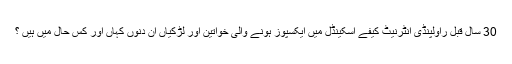
30 سال قبل راولپنڈی انٹرنیٹ کیفے اسکینڈل میں ایکسپوز ہونے والی خواتین اور لڑکیاں ان دنوں کہاں اور کس حال میں ہیں ؟